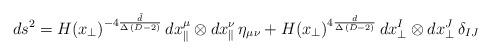
LaTeX: \begin{align*}ds^2 = H(x_\perp)^{-4 \frac{\tilde d}{\Delta \, (D-2)}} \, dx^\mu _{\parallel}\otimes dx^\nu_{\parallel} \, \eta_{\mu\nu} +H(x_\perp)^{4 \frac{ d}{\Delta \, (D-2)}} \,dx^I _{\perp}\otimes dx^J_{\perp} \, \delta_{IJ}\end{align*}